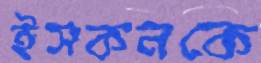
ইসকনকে